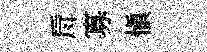
戽寡愼